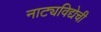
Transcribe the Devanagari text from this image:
नाट्यविद्येची